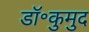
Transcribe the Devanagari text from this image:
डॉ॰कुमुद